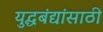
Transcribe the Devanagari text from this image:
युद्धबंद्यांसाठी